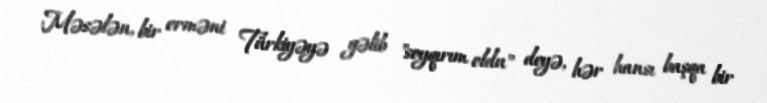
Məsələn, bir erməni Türkiyəyə gəlib "soyqırım oldu" deyə, hər hansı başqa bir